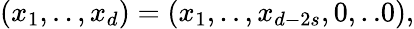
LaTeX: (x_{1},..,x_{d})=(x_{1},..,x_{d-2s},0,..0),